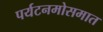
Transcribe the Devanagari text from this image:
पर्यटनमोसमात